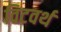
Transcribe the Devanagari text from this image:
विटवर्थ